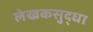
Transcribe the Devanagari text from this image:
लेखकसुद्धा